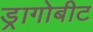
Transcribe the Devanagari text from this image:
ड्रागोबीट